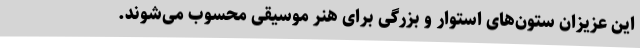
این عزیزان ستون‌های استوار و بزرگی برای هنر موسیقی محسوب می‌شوند.